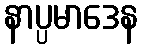
နာပ္ပမာဒေန